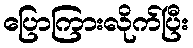
ပြောကြားလိုက်ပြီး